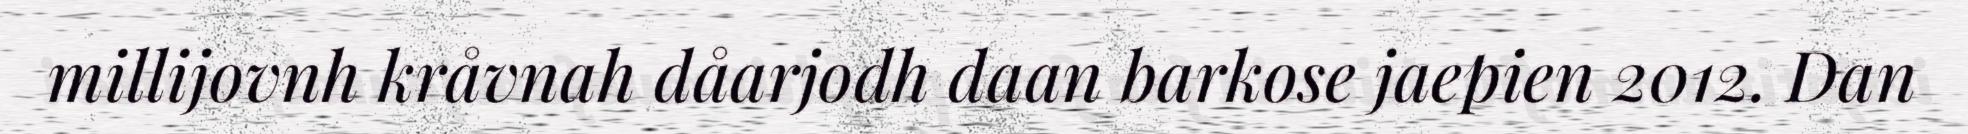
millijovnh kråvnah dåarjodh daan barkose jaepien 2012. Dan